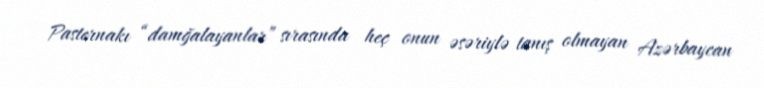
Pasternakı “damğalayanlar” sırasında heç onun əsəriylə tanış olmayan Azərbaycan